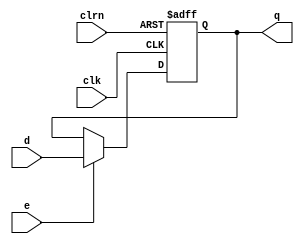
// 32 bit D-flip-flop with enabled bit
module dffe32 (d,clk,clrn,e,q);
   input  [31:0] d;
   input  clk,clrn,e;
   output [31:0] q;
   reg    [31:0] q;
   always @ (negedge clrn or posedge clk)
      if (clrn == 0) begin
			// pc=-4,npc=0 before CPU start work
			// pc <= 0 at the first posedge
         q <= -4;
      end else begin
         if (e == 1) q <= d;
      end
endmodule